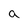
Character: a